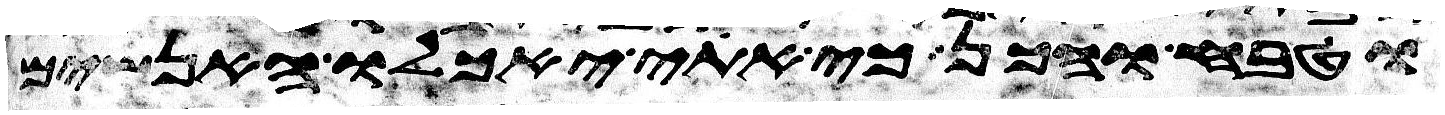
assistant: טבח והכן כי אתי יאכלו האנשים